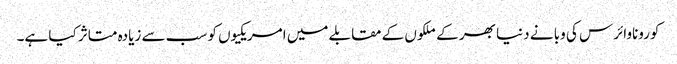
کوروناوائرس کی وبا نے دنیا بھر کے ملکوں کے مقابلے میں امریکیوں کو سب سے زیادہ متاثر کیا ہے۔